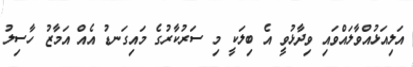
އަލިއަޅުއްވާލައްވައި ވިދާޅުވީ އެ ބިލަކީ މި ސަރުކާރުގެ މައިގަނޑު އެއް އަމާޒު ހާސިލު